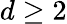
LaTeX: d\ge 2